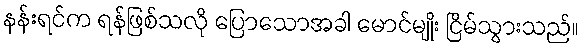
နန်းရင်က ရန်ဖြစ်သလို ပြောသောအခါ မောင်မျိုး ငြိမ်သွားသည်။